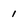
Character: 1